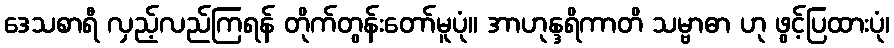
ဒေသစာရီ လှည့်လည်ကြရန် တိုက်တွန်းတော်မူပုံ။ အာဟုန္ဒရိကာတိ သမ္ဗာဓာ ဟု ဖွင့်ပြထားပုံ၊